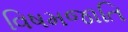
વિષમજાતિ